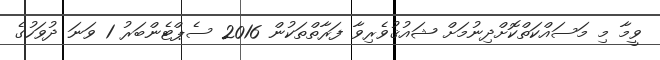
ވީމާ މި މަސައްކަތްކޮށްދިނުމަށް ޝައުޤުވެރިވާ ފަރާތްތަކުން 2016 ސެޕްޓެންބަރު 1 ވަނަ ދުވަހުގެ